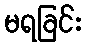
မရခြင်း